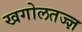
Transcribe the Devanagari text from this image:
खगोलतज्ज्ञ